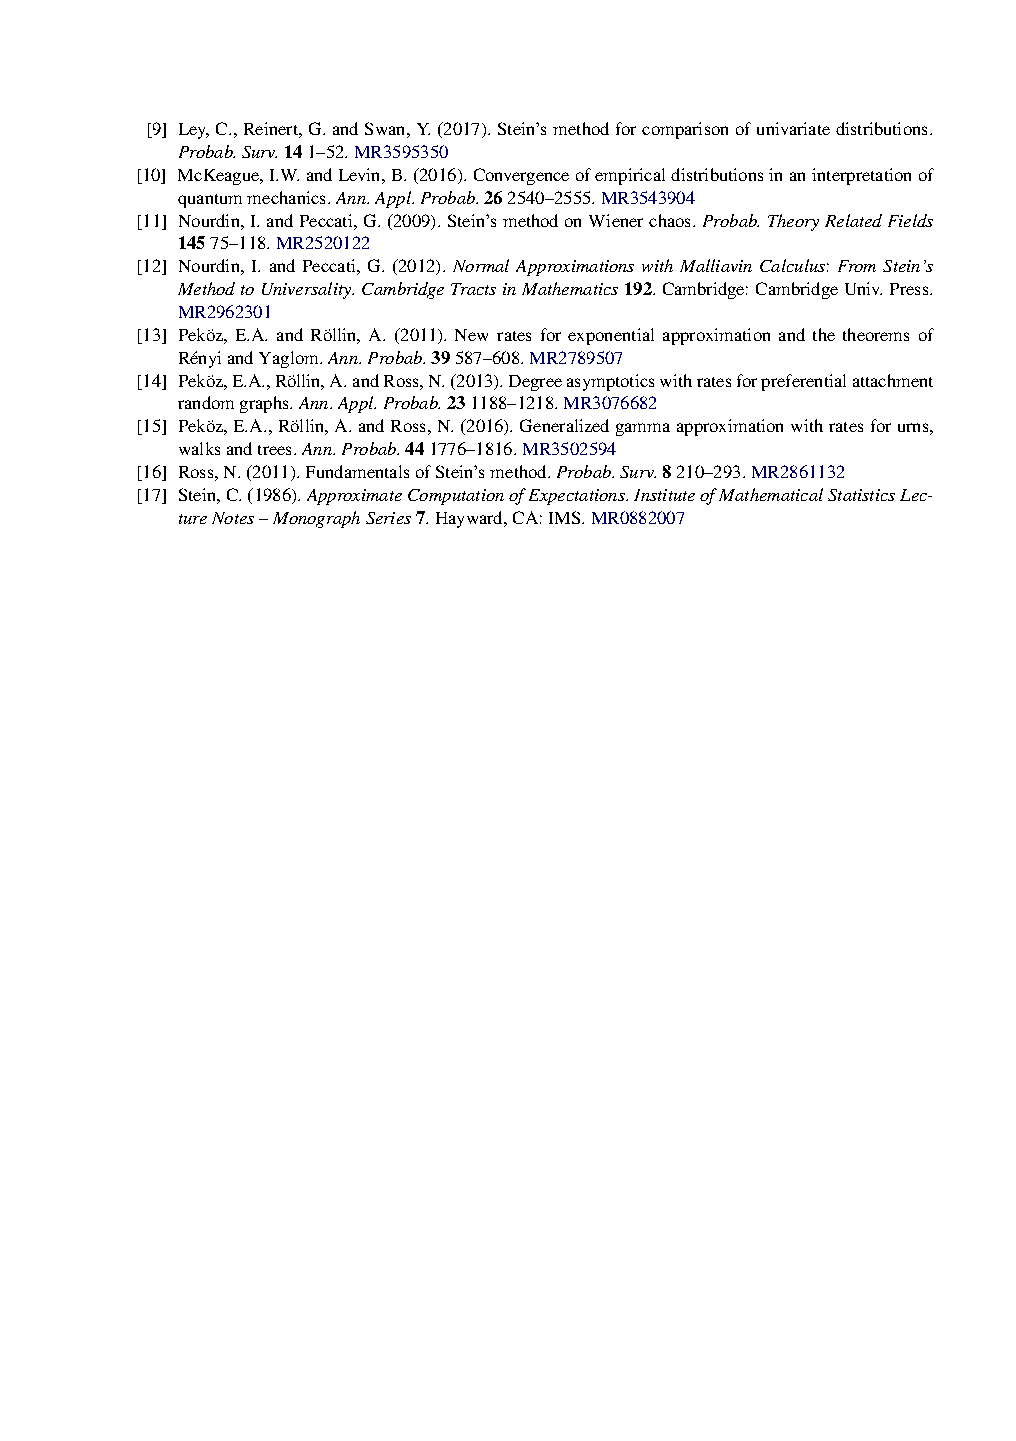
[9] Ley,C.,Reinert,G.andSwan,Y.(2017).Stein’smethodforcomparisonofunivariatedistributions.
 Probab.Surv.141–52.MR3595350
 [10] McKeague,I.W.andLevin,B.(2016).Convergenceofempiricaldistributionsinaninterpretationof
 quantummechanics.Ann.Appl.Probab.262540–2555.MR3543904
 [11] Nourdin,I.andPeccati,G.(2009).Stein’smethodonWienerchaos.Probab.TheoryRelatedFields
 14575–118.MR2520122
 [12] Nourdin, I. and Peccati, G. (2012). Normal Approximations with Malliavin Calculus: From Stein’s
 MethodtoUniversality.CambridgeTractsinMathematics192.Cambridge:CambridgeUniv.Press.
 MR2962301
 [13] Peköz, E.A. and Röllin, A. (2011). New rates for exponential approximation and the theorems of
 RényiandYaglom.Ann.Probab.39587–608.MR2789507
 [14] Peköz,E.A.,Röllin,A.andRoss,N.(2013).Degreeasymptoticswithratesforpreferentialattachment
 randomgraphs.Ann.Appl.Probab.231188–1218.MR3076682
 [15] Peköz,E.A.,Röllin,A.andRoss,N.(2016).Generalizedgammaapproximationwithratesforurns,
 walksandtrees.Ann.Probab.441776–1816.MR3502594
 [16] Ross,N.(2011).FundamentalsofStein’smethod.Probab.Surv.8210–293.MR2861132
 [17] Stein,C.(1986).ApproximateComputationofExpectations.InstituteofMathematicalStatisticsLec-
 tureNotes–MonographSeries7.Hayward,CA:IMS.MR0882007